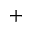
^ +